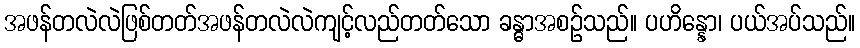
အဖန်တလဲလဲဖြစ်တတ်အဖန်တလဲလဲကျင့်လည်တတ်သော ခန္ဓာအစဉ်သည်။ ပဟိန္နော၊ ပယ်အပ်သည်။